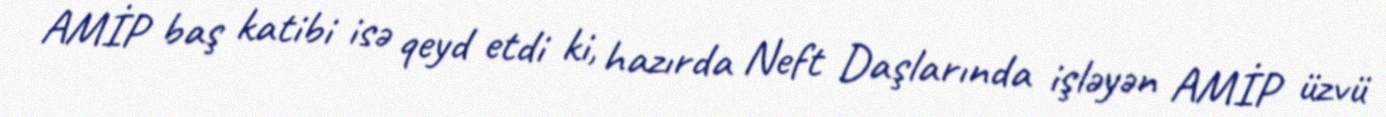
AMİP baş katibi isə qeyd etdi ki, hazırda Neft Daşlarında işləyən AMİP üzvü